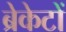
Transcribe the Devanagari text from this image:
ब्रेकेटों